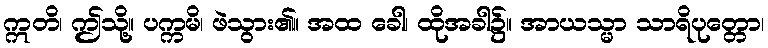
ဣတိ၊ ဤသို့။ ပက္ကမိ၊ ဖဲသွား၏။ အထ ခေါ၊ ထိုအခါ၌။ အာယသ္မာ သာရိပုတ္တော၊